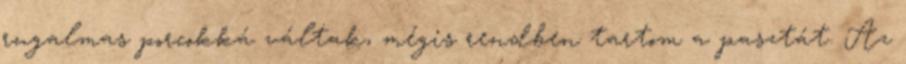
rugalmas porcokká váltak, mégis rendben tartom a pasztát. Az